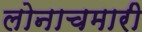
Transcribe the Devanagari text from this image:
लोनाचमारी